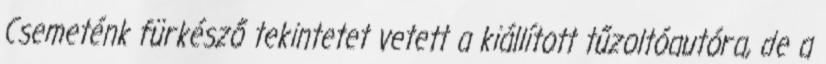
Csemeténk fürkésző tekintetet vetett a kiállított tűzoltóautóra, de a